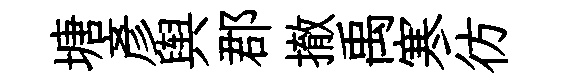
塘彥舆郡撤禹寒彷